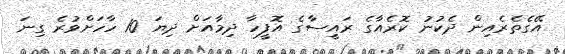
އޭގެތެރެއިން ދެކުނު ކޮރެއާގެ ރައީސާގެ އޮފީހާ ދިމާއަށް ދިޔަ 10 ހާހަށްވުރެ ގިނަ